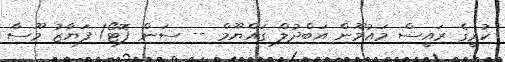
ކުރީގެ ރައީސް މައުމޫން އަބްދުލް ގައްޔޫމް -- ސަން ފޮޓޯ/ ފަޔާޒު މޫސާ